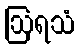
ဩရသံ